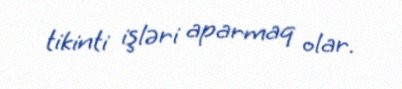
tikinti işləri aparmaq olar.